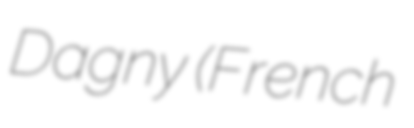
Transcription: Dagny (French